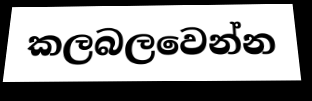
කලබලවෙන්න